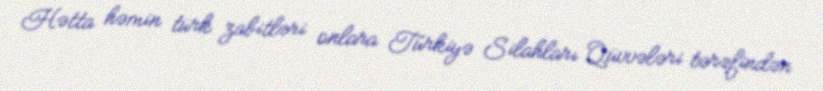
Hətta həmin türk zabitləri onlara Türkiyə Silahları Qüvvələri tərəfindən